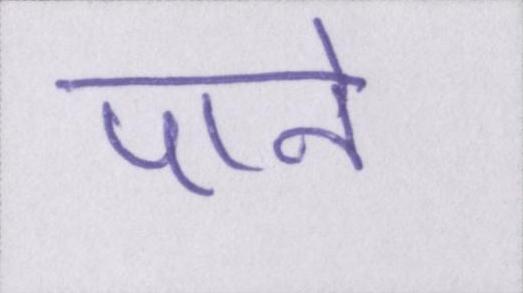
पाने